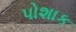
પોશાક